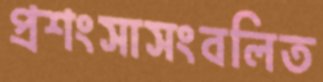
প্রশংসাসংবলিত